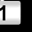
Digit: 1